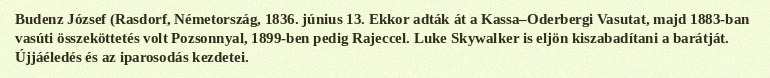
Budenz József (Rasdorf, Németország, 1836. június 13. Ekkor adták át a Kassa–Oderbergi Vasutat, majd 1883-ban vasúti összeköttetés volt Pozsonnyal, 1899-ben pedig Rajeccel. Luke Skywalker is eljön kiszabadítani a barátját. Újjáéledés és az iparosodás kezdetei.